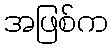
အဖြစ်က